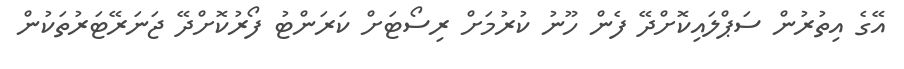
އޭގެ އިތުރުން ސަޕްލައިކޮށްދޭ ފެން ހޫނު ކުރުމަށް ރިސޯޓަށް ކަރަންޓު ފޯރުކޮށްދޭ ޖަނަރޭޓަރުތަކުން